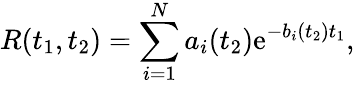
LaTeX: R(t_{1},t_{2})=\sum_{i=1}^{N}a_{i}(t_{2})\mathrm{e}^{-b_{i}(t_{2})t_{1}},